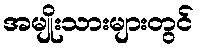
အမျိုးသားများတွင်